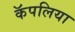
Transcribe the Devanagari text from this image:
कॅपलिया